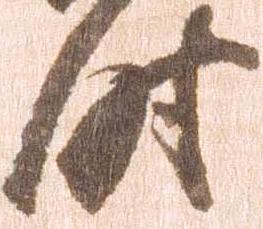
時